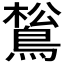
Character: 𪁿